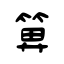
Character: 箅